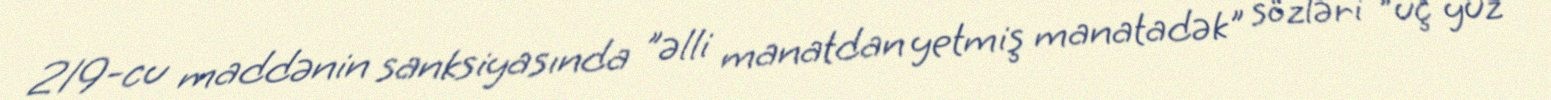
219-cu maddənin sanksiyasında "əlli manatdan yetmiş manatadək" sözləri "üç yüz